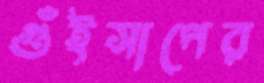
গুঁইসাপের